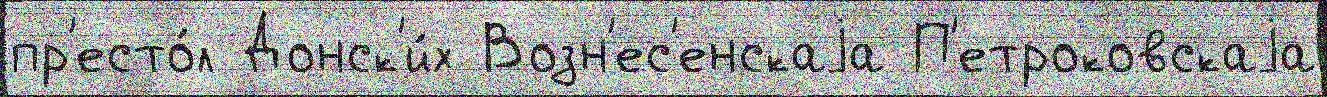
пр'есто́л Донск'и́х Возн'ес'енскаjа П'етроковскаjа